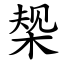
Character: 椝